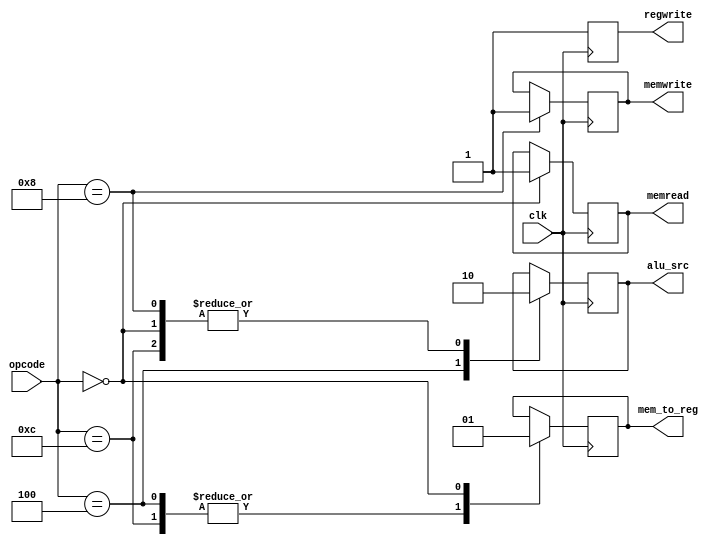
`define R_OP 		 5'b01100
`define IMM_OP		 5'b00100
`define LOAD_OP		 5'b00000
`define STORE_OP	 5'b01000
`define branch_OP	 5'b11000
`define JAL_OP		 5'b11011
`define JALR_OP		 5'b11001
`define LUI_OP		 5'b01101
`define AUIPC_OP	 5'b00101
`define ENVIR_OP	 5'b11100

module controller ( clk, opcode,
					regwrite, /*branch,*/ memread, memwrite, alu_src, mem_to_reg);

input clk;					
input [6:2] opcode;

output reg regwrite; //connect to reg_file_32
/*output branch;*/ //connect to ...
output reg memread, memwrite; // connect to d_mem
output reg alu_src, mem_to_reg; // connect to 2 multilexer

///////////////////////////////
reg temp;
///////////////////////////////

always @(posedge clk)
begin
	case(opcode)
		`R_OP:
		begin
			alu_src		= 1'b0; //src = rs2
			
			mem_to_reg	= 1'b0; //rd = alu result
		end
		
		`IMM_OP:
		begin
			alu_src		= 1'b1; //src = imm
			
			mem_to_reg	= 1'b0; //rd = alu result
		end
		
		`LOAD_OP:
		begin
			alu_src		= 1'b0; //src = rs2
			memread		= 1'b1; //read enable
			mem_to_reg	= 1'b1; //rd = M[]
		end
		
		`STORE_OP:
		begin
			alu_src		= 1'b0; //src = rs2
			memwrite	= 1'b1; //write enable
		end

	endcase
end

always @(negedge clk) regwrite	= 1'b1;

endmodule